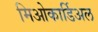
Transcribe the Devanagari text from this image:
मिओकार्डिअल